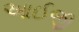
આઈજી